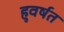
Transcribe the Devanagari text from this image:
हुवर्षत